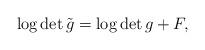
LaTeX: \begin{align*} \log \det \tilde{g} = \log \det g + F,\end{align*}